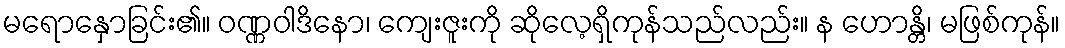
မရောနှောခြင်း၏။ ဝဏ္ဏဝါဒိနော၊ ကျေးဇူးကို ဆိုလေ့ရှိကုန်သည်လည်း။ န ဟောန္တိ၊ မဖြစ်ကုန်။